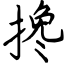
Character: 搀